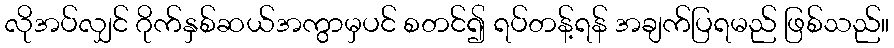
လိုအပ်လျှင် ဂိုက်နှစ်ဆယ်အကွာမှပင် စတင်၍ ရပ်တန့်ရန် အချက်ပြရမည် ဖြစ်သည်။